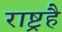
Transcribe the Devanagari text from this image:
राष्ट्रहै